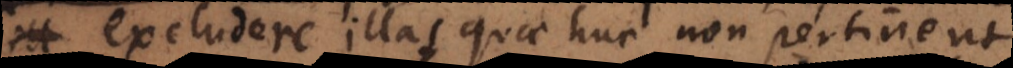
excludere illas quae huc non pertinent.